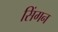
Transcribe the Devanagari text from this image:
सिंगन